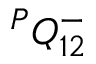
{ } ^ { P } { Q } _ { 1 { 2 } } ^ { - }